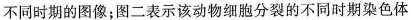
不同时期的图像；图二表示该动物细胞分裂的不同时期染色体